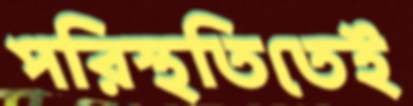
পরিস্থতিতেই